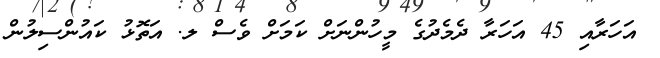
އަހަރާއި 45 އަހަރާ ދެމެދުގެ މީހުންނަށް ކަމަށް ވެސް ލ. އަތޮޅު ކައުންސިލުން